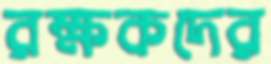
রক্ষকদের